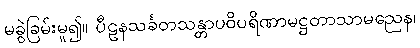
မခွဲခြမ်းမူ၍။ ပီဠနသင်္ခတသန္တာပဝိပရိဏာမဋ္ဌတာသာမညေန၊